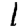
Digit: 1